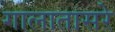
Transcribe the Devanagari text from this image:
गालातासरे